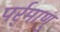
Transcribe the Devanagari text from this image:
पर्र्माणु